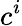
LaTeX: c^{i}